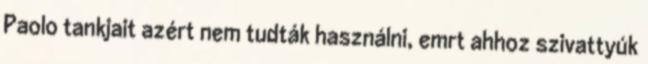
Paolo tankjait azért nem tudták használni, emrt ahhoz szivattyúk